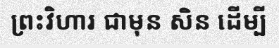
ព្រះវិហារ ជាមុន សិន ដើម្បី